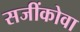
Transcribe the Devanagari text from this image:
सजींकोवा